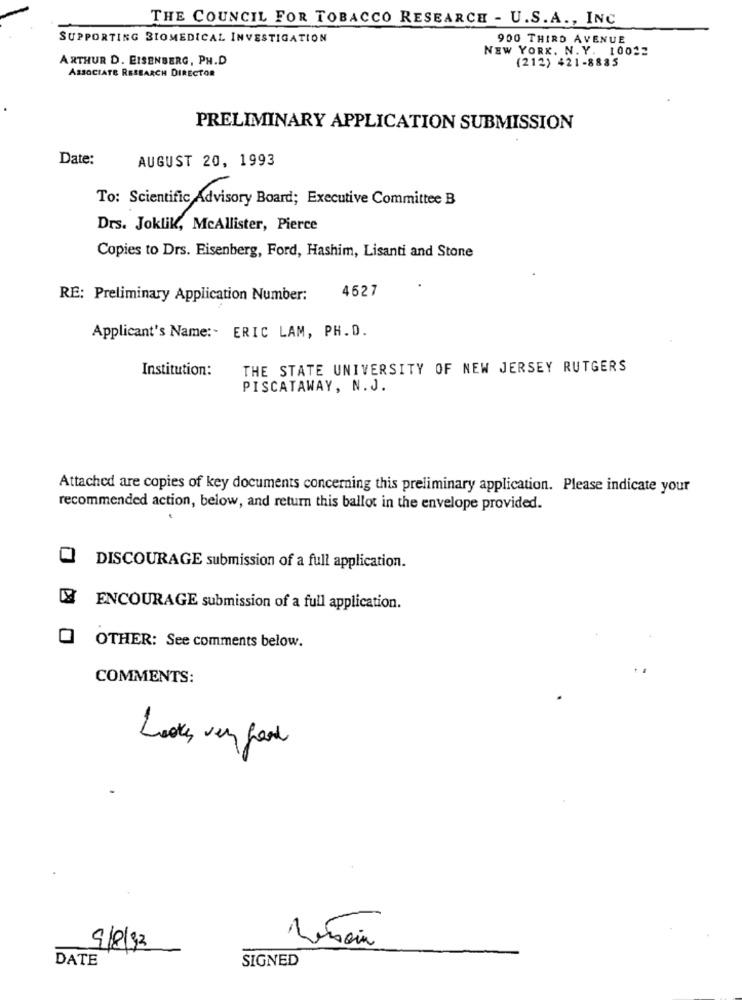
THE COUNCIL FOR TOBACCO RESEARCH - U.S.A ., INC.
SUPPORTING BIOMEDICAL INVESTIGATION
900 THIRD AVENUE
NEW YORK, N. Y. 10012
ARTHUR D. EISENBERG, PH.D
(212) 421-8885
ASSOCIATE RESEARCH DIRECTOR
PRELIMINARY APPLICATION SUBMISSION
Date:
AUGUST 20, 1993
To: Scientific Advisory Board; Executive Committee B
Drs. Joklik, McAllister, Pierce
Copies to Drs. Eisenberg, Ford, Hashim, Lisanti and Stone
4527
RE: Preliminary Application Number:
Applicant's Name :- ERIC LAM, PH.D.
Institution:
THE STATE UNIVERSITY OF NEW JERSEY RUTGERS
PISCATAWAY, N.J.
Attached are copies of key documents concerning this preliminary application. Please indicate your
recommended action, below, and return this ballot in the envelope provided.
DISCOURAGE submission of a full application.
ENCOURAGE submission of a full application.
OTHER: See comments below.
COMMENTS:
Looks very good
9/8/33
DATE
SIGNED